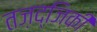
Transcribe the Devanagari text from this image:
तज़द्जिकी